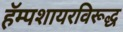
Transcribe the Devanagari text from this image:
हॅम्पशायरविरूद्ध